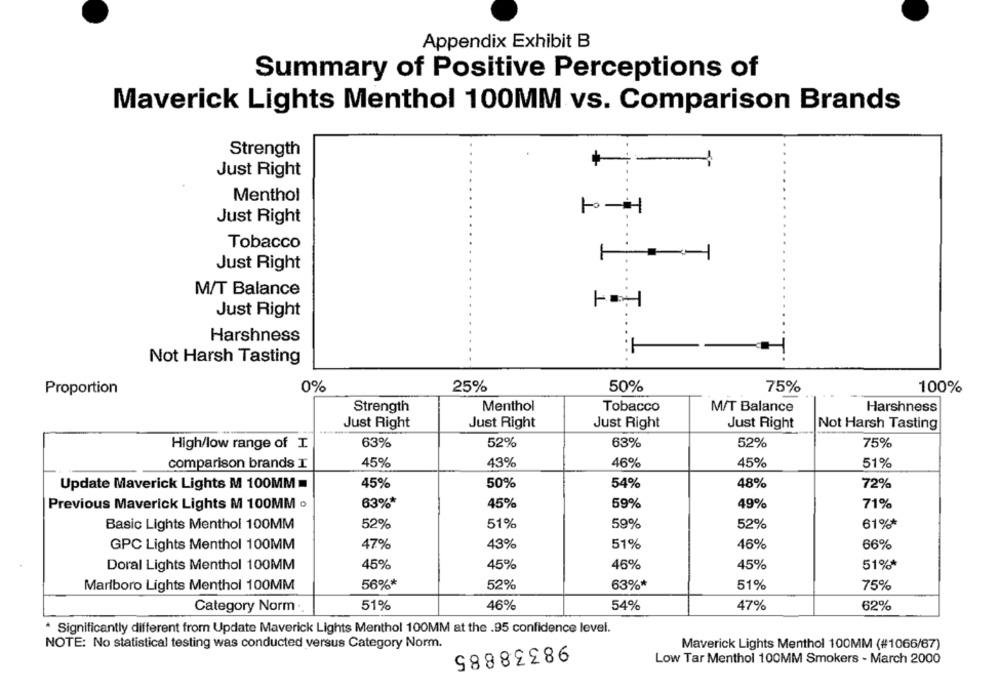
Appendix Exhibit B
Summary of Positive Perceptions of
Maverick Lights Menthol 100MM vs. Comparison Brands
Strength
Just Right
Menthol
Just Right
Tobacco
4
Just Right
M/T Balance
Just Right
Harshness
Not Harsh Tasting
0%
25%
50%
75%
100%
Proportion
Strength
Menthol
Tobacco
M/T Balance
Harshness
Just Right
Just Right
Just Right
Just Right
Not Harsh Tasting
52%
52%
High/low range of I
63%
63%
75%
45%
43%
46%
45%
51%
comparison brands I
45%
50%
54%
48%
72%
Update Maverick Lights M 100MM =
Previous Maverick Lights M 100MM o
63%*
45%
59%
49%
71%
Basic Lights Menthol 100MM
52%
51%
59%
52%
61%*
GPC Lights Menthol 100MM
47%
43%
51%
46%
66%
Doral Lights Menthol 100MM
45%
45%
46%
45%
51%*
Marlboro Lights Menthol 100MM
56%*
52%
63%*
51%
75%
Category Norm
51%
46%
54%
47%
62%
* Significantly different from Update Maverick Lights Menthol 100MM at the .95 confidence level.
NOTE: No statistical testing was conducted versus Category Norm.
98338885
Maverick Lights Menthol 100MM (#1066/67)
Low Tar Menthol 100MM Smokers - March 2000